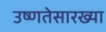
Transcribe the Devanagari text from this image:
उष्णतेसारख्या